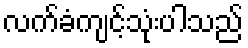
လက်ခံကျင့်သုံးပါသည်